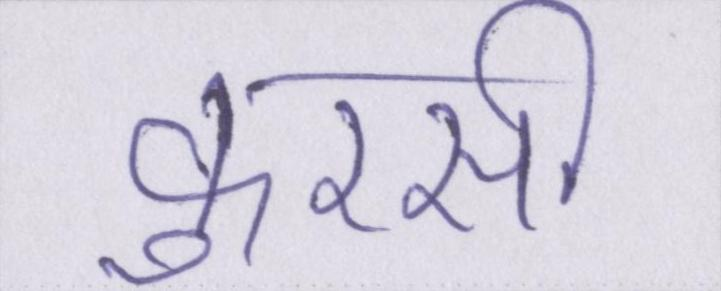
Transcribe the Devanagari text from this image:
कुरसी